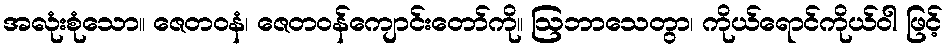
အလုံးစုံသော။ ဇေတဝနံ၊ ဇေတဝန်ကျောင်းတော်ကို။ ဩဘာသေတွာ၊ ကိုယ်ရောင်ကိုယ်ဝါ ဖြင့်